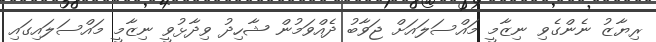
ރިޔާޒު ނެންގެވި ނިޒާމީ މައްސަލައަށް ޖަވާބު ދެއްވަމުން ޝާހިދު ވިދާޅުވީ ނިޒާމީ މައްސަލައިގައި